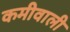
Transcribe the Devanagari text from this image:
कमीवाली